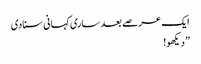
ایک عرصے بعد ساری کہانی سنادی
” دیکھو!